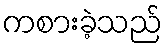
ကစားခဲ့သည်